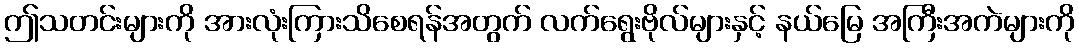
ဤသတင်းများကို အားလုံးကြားသိစေရန်အတွက် လက်ရွေးဗိုလ်များနှင့် နယ်မြေ အကြီးအကဲများကို